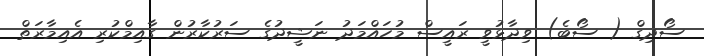
ސޯދިގް ( ސޯބެ) ވިދާޅުވީ ރައީސް މުހައްމަދު ނަޝީދުގެ ސަރުކާރުން ގާއިމްކުރި އެއިމާރަތް